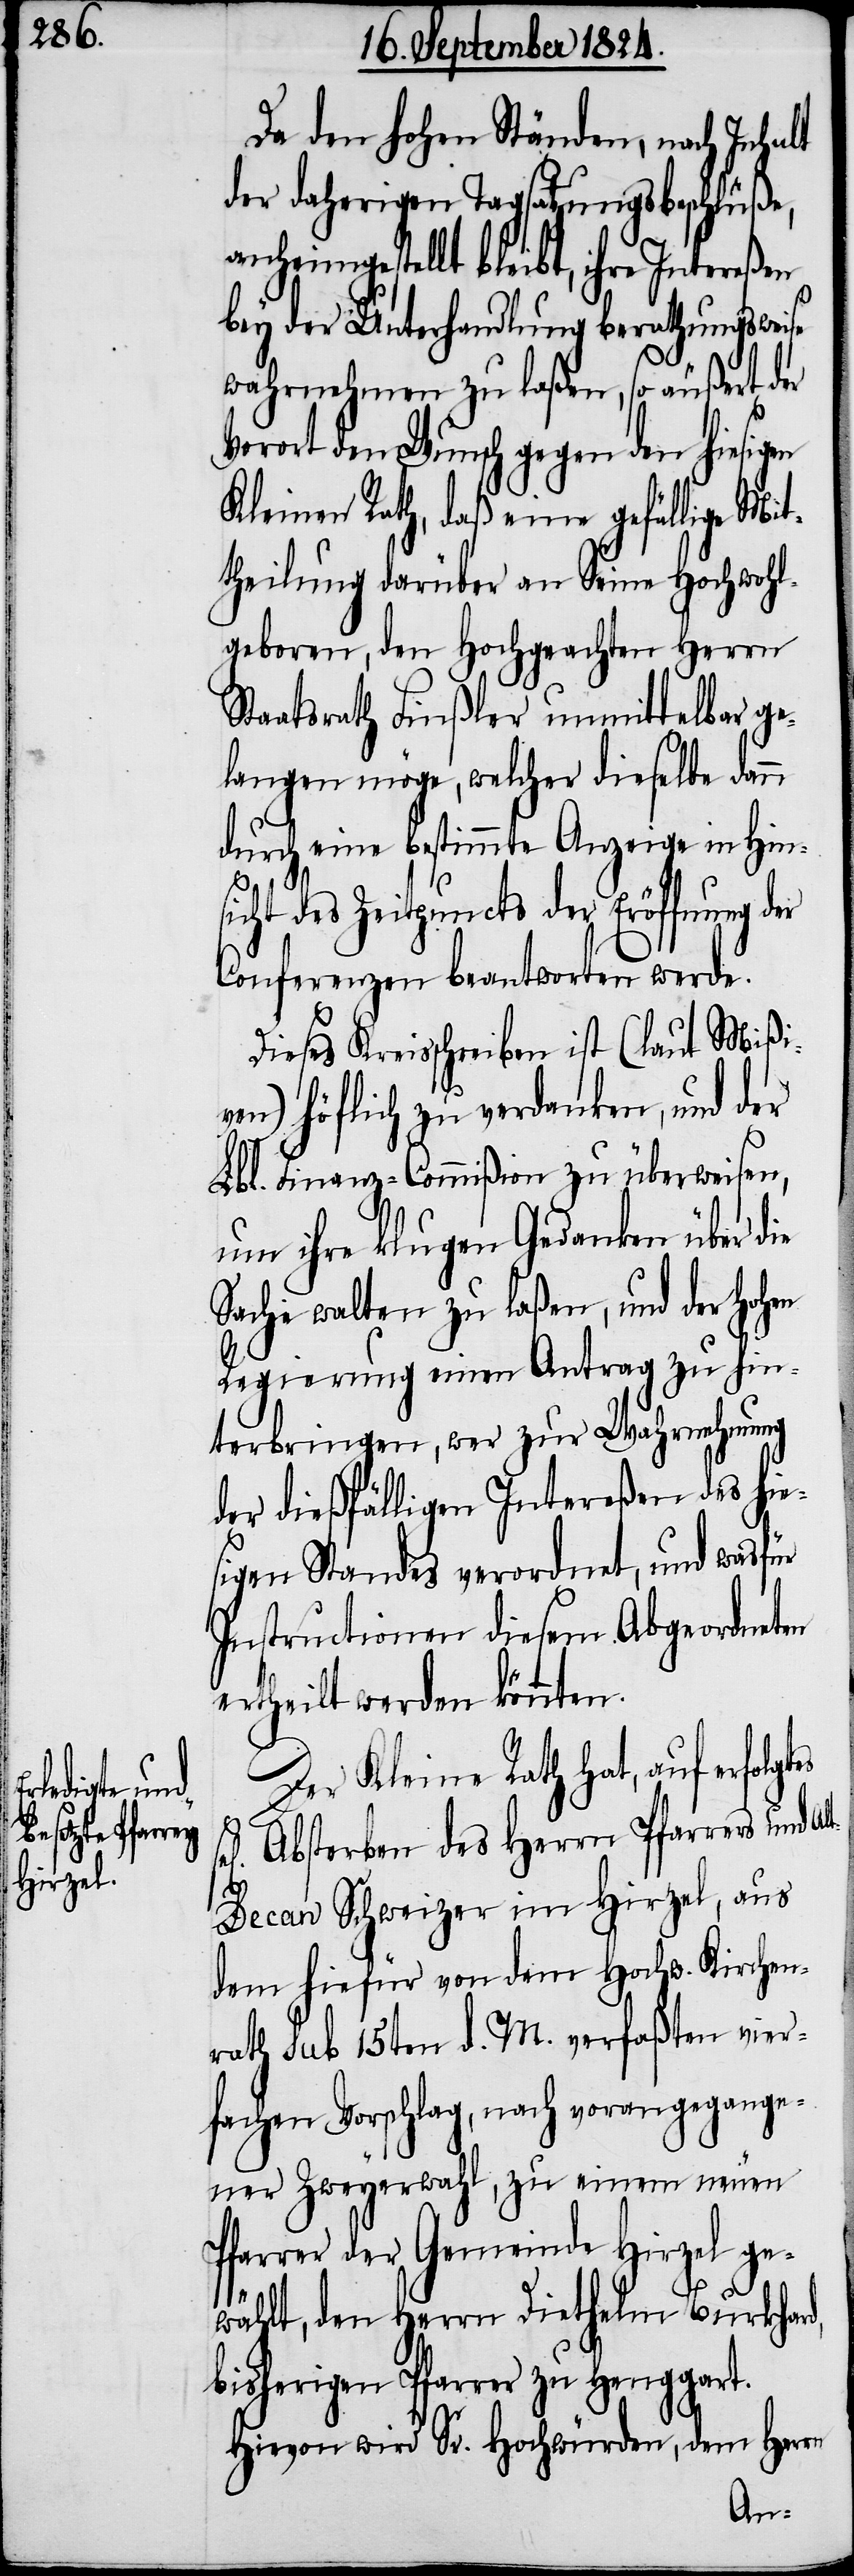
es sel[ige¬

Da den hohen Ständen, nach Inhalt
der daherigen Tagsatzungsbeschlüße,
anheimgestellt bleibt, ihre Intereßen
bey der Unterhandlung berathungsweise
wahrnehmen zu laßen, so äußert der
Vorort den Wunsch gegen den hiesigen
Kleinen Rath, daß eine gefällige Mit¬
theilung darüber an Seine Hochwohl¬
geboren, den Hochgeachten Herrn
Staatsrath Finßler unmittelbar ge¬
langen möge, welcher dieselbe dann
durch eine bestimmte Anzeige in Hin¬
sicht des Zeitpuncts der Eröffnung der
Conferenzen beantworten werde.
Dieses Kreisschreiben ist (laut Mißi¬
ven) höflich zu verdanken, und der
Lbl. Finanz-Commißion zu überweisen,
um ihre klugen Gedanken über die
Sache walten zu laßen, und der Hohen
Regierung einen Antrag zu hin¬
terbringen, wer zur Wahrnehmung
der dießfälligen Intereßen des hie¬
sigen Standes verordnet, und wasfür
Instructionen diesem Abgeordneten
ertheilt werden könnten.
Der Kleine Rath hat, auf erfolgt¬
s] Absterben des Herrn Pfarrers und A¬
lt-Decan Schweizer im Hirzel, aus
dem hiefür von dem Hochw. Kirchen¬
rath sub 15ten d. M. verfaßten vier¬
fachen Vorschlag, nach vorangegange¬
ner Zweyerwahl, zu einem neuen
Pfarrer der Gemeinde Hirzel ge¬
wählt, den Herrn Diethelm Burkhard,
bisherigen Pfarrer zu Henggart.
Hievon wird Sr. Hochwürden, dem Herrn